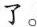
了。